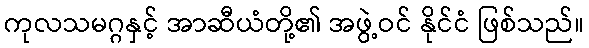
ကုလသမဂ္ဂနှင့် အာဆီယံတို့၏ အဖွဲ့ဝင် နိုင်ငံ ဖြစ်သည်။